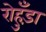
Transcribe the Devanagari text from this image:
रोहुँड़ा